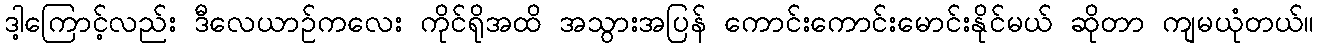
ဒါ့ကြောင့်လည်း ဒီလေယာဉ်ကလေး ကိုင်ရိုအထိ အသွားအပြန် ကောင်းကောင်းမောင်းနိုင်မယ် ဆိုတာ ကျမယုံတယ်။